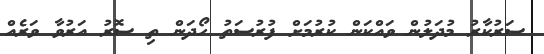
ސަރުކާރު މުދަލުން ވައްކަން ކުރުމަށް ފުރުސަތު ހޯދަން ތި ސޮރު އަރުވާ ވަރެއް